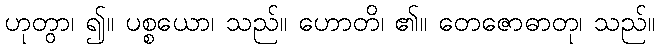
ဟုတွာ၊ ၍။ ပစ္စယော၊ သည်။ ဟောတိ၊ ၏။ တေဇောဓာတု၊ သည်။